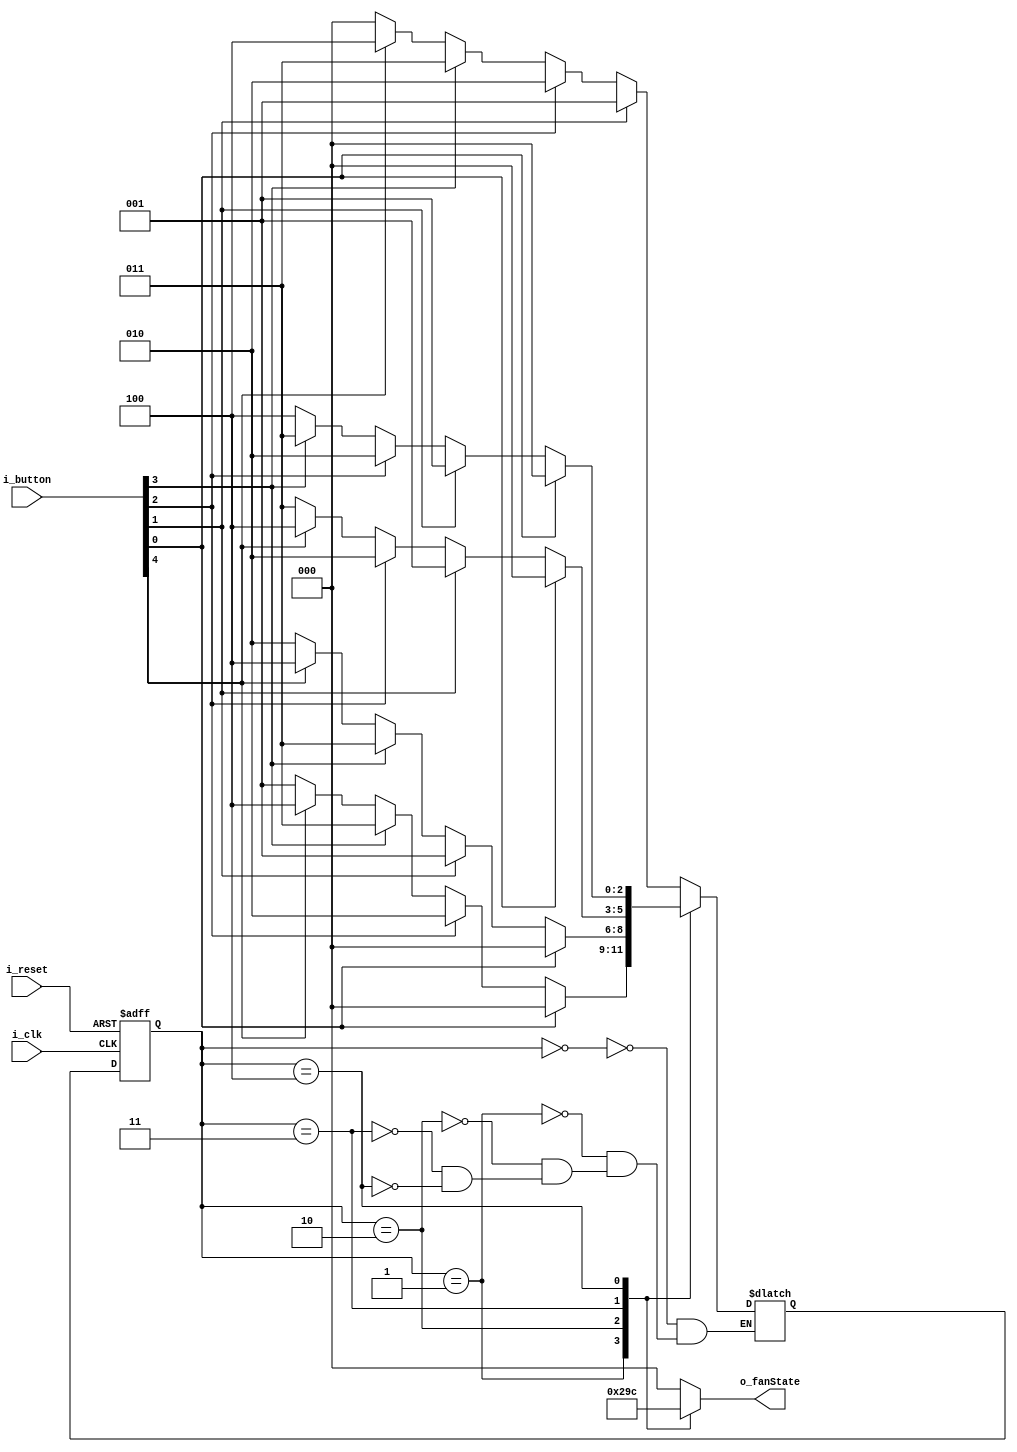
`timescale 1ns / 1ps

module FSM_FAN(
    input i_clk,
    input i_reset,
    input [4:0] i_button,

    output [2:0] o_fanState
    );

    parameter FAN_OFF = 3'b000,
              FAN_200 = 3'b001,
              FAN_400 = 3'b010,
              FAN_600 = 3'b011,
              FAN_800 = 3'b100;

    reg [2:0] nextState = 0, curState = 0;
    reg [2:0] r_fanState;

    assign o_fanState = r_fanState;

    always @(posedge i_clk or posedge i_reset)begin 
        if(i_reset) curState <= FAN_OFF;
        else        curState <= nextState;
        end

    always @(curState or i_button) begin
        case (curState)
        FAN_OFF : begin
        if(i_button[1])      nextState <= FAN_200;
        else if(i_button[2]) nextState <= FAN_400;
        else if(i_button[3]) nextState <= FAN_600;
        else if(i_button[4]) nextState <= FAN_800;
        else                 nextState <= FAN_OFF;
        end
        FAN_200 : begin
        if(i_button[0])      nextState <= FAN_OFF;
        else if(i_button[2]) nextState <= FAN_400;
        else if(i_button[3]) nextState <= FAN_600;
        else if(i_button[4]) nextState <= FAN_800;
        else                 nextState <= FAN_200;
        end
        FAN_400 : begin
        if(i_button[0])      nextState <= FAN_OFF;
        else if(i_button[1]) nextState <= FAN_200;
        else if(i_button[3]) nextState <= FAN_600;
        else if(i_button[4]) nextState <= FAN_800;
        else                 nextState <= FAN_400;
        end
        FAN_600 : begin
        if(i_button[0])      nextState <= FAN_OFF;
        else if(i_button[1]) nextState <= FAN_200;
        else if(i_button[2]) nextState <= FAN_400;
        else if(i_button[4]) nextState <= FAN_800;
        else                 nextState <= FAN_600;    
        end
        FAN_800 : begin
        if(i_button[0])      nextState <= FAN_OFF;
        else if(i_button[1]) nextState <= FAN_200;
        else if(i_button[2]) nextState <= FAN_400;
        else if(i_button[3]) nextState <= FAN_600;
        else                 nextState <= FAN_800;   
        end
        endcase
    end

    always @(curState) begin
        case (curState)
            FAN_OFF : r_fanState <= 3'b000;
            FAN_200 : r_fanState <= 3'b001;
            FAN_400 : r_fanState <= 3'b010;
            FAN_600 : r_fanState <= 3'b011;
            FAN_800 : r_fanState <= 3'b100;
            default : r_fanState <= 3'b000;
        endcase
    end
endmodule